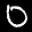
Label: 0